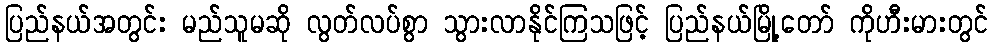
ပြည်နယ်အတွင်း မည်သူမဆို လွတ်လပ်စွာ သွားလာနိုင်ကြသဖြင့် ပြည်နယ်မြို့တော် ကိုဟီးမားတွင်